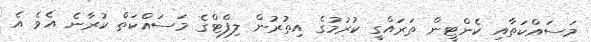
މަސައްކަތާއި ކެންޓީން ތަރައްގީ ކުރުމުގެ އިތުރުން ލިފްޓްގެ މަސައްކަތް ކުރާނެ އެވެ އެ